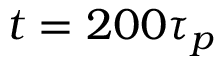
t = 2 0 0 \tau _ { p }